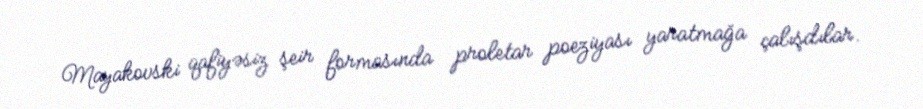
Mayakovski qafiyəsiz şeir formasında proletar poeziyası yaratmağa çalışdılar.